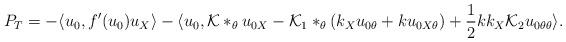
LaTeX: \begin{align*}P_{T} &= -\langle u_{0},f'(u_{0})u_{X} \rangle - \langle u_{0},\mathcal{K}*_{\theta}u_{0X} - \mathcal{K}_{1}*_{\theta}(k_{X}u_{0\theta} + ku_{0X\theta}) + \frac{1}{2}kk_{X}\mathcal{K}_{2}u_{0\theta\theta} \rangle.\end{align*}